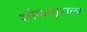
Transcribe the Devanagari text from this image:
शोकातुराला